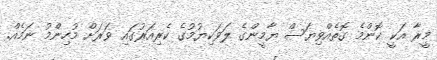
މީރާ އަކީ ކޮންމެ ގޮތެއްވިޔަސް ޔާމީންގެ ލަވަކިޔުމުގެ ކެރިއަރުގައި ވަރަށް މުހިންމު ނަމެއް.